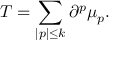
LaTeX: T = \sum _ { | p | \leq k } \partial ^ { p } \mu _ { p } .